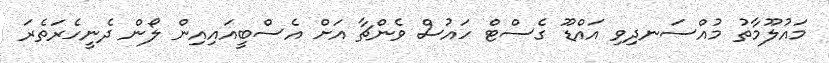
މައުލޫމާތު މުއްސަނދިވި އައްޑޫ ގެސްޓް ހައުސް ވެންޗާ އަށް އެސްބީއައިއިން ލޯން ދެނީހެރަތެރަ